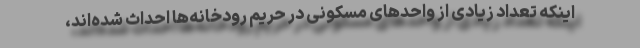
اینکه تعداد زیادی از واحدهای مسکونی در حریم رودخانه‌ها احداث شده‌اند،